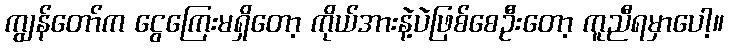
ကျွန်တော်က ငွေကြေးမရှိတော့ ကိုယ်အားနဲ့ပဲဖြစ်စေဦးတော့ ကူညီရမှာပေါ့။